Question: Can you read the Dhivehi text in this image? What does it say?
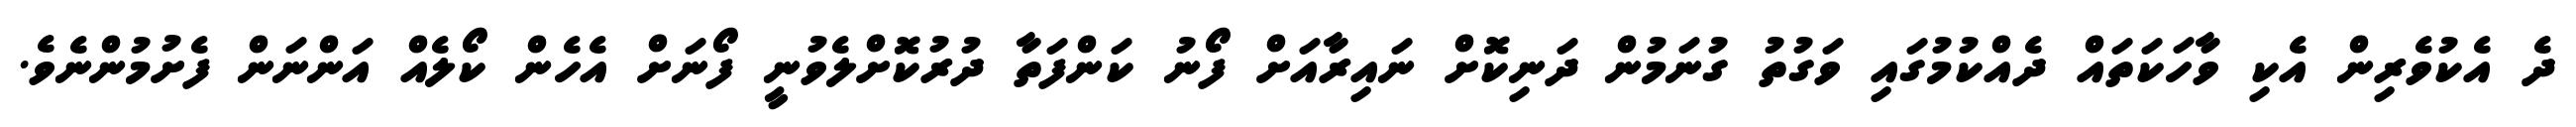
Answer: ދެ އެކުވެރިން އެކި ވާހަކަތައް ދެއްކުމުގައި ވަގުތު ގުނަމުން ދަނިކޮށް ނައިރާއަށް ފޯނު ކަންފަތާ ދުރުކޮށްލެވުނީ ފޯނަށް އެހެން ކޯލެއް އަންނަން ފެށުމުންނެވެ.